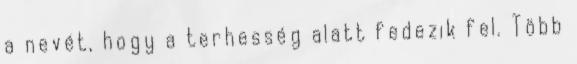
a nevét, hogy a terhesség alatt fedezik fel. Több